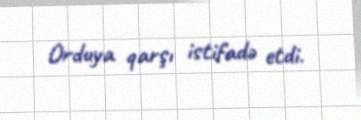
Orduya qarşı istifadə etdi.